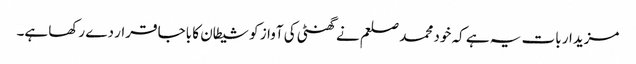
مزیدار بات یہ ہے کہ خود محمد صلعم نے گھنٹی کی آواز کو شیطان کا باجا قرار دے رکھا ہے۔